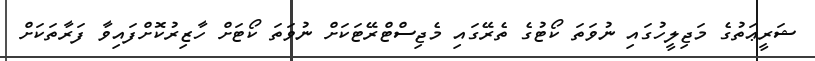
ޝަރީޢަތުގެ މަޖިލީހުގައި ނުވަތަ ކޯޓުގެ ތެރޭގައި މެޖިސްޓްރޭޓަކަށް ނުވަތަ ކޯޓަށް ހާޒިރުކޮށްފައިވާ ފަރާތަކަށް